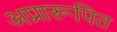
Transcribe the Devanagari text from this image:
अप्रारूपित